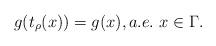
LaTeX: \begin{align*}g(t_{\rho}(x))=g(x),a.e.\ x\in\Gamma.\end{align*}